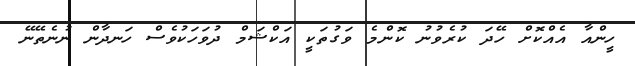
ހީންއާ އެއްކޮށް ހޭދަ ކުރެވުނު ކޮންމެ ވަގުތަކީ އަކްޝަމް ދުވަހަކުވެސް ހަނދާން ނުނެތޭނޭ